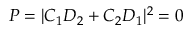
P = | C _ { 1 } D _ { 2 } + C _ { 2 } D _ { 1 } | ^ { 2 } = 0